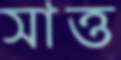
সাত্ত